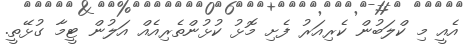
އެއީ މި ކްލަބުން ކެރިއަރު ފެށި މޮޅު ކުޅުންތެރިއެއް އަލުން ޓީމާ ގުޅޭތީ.